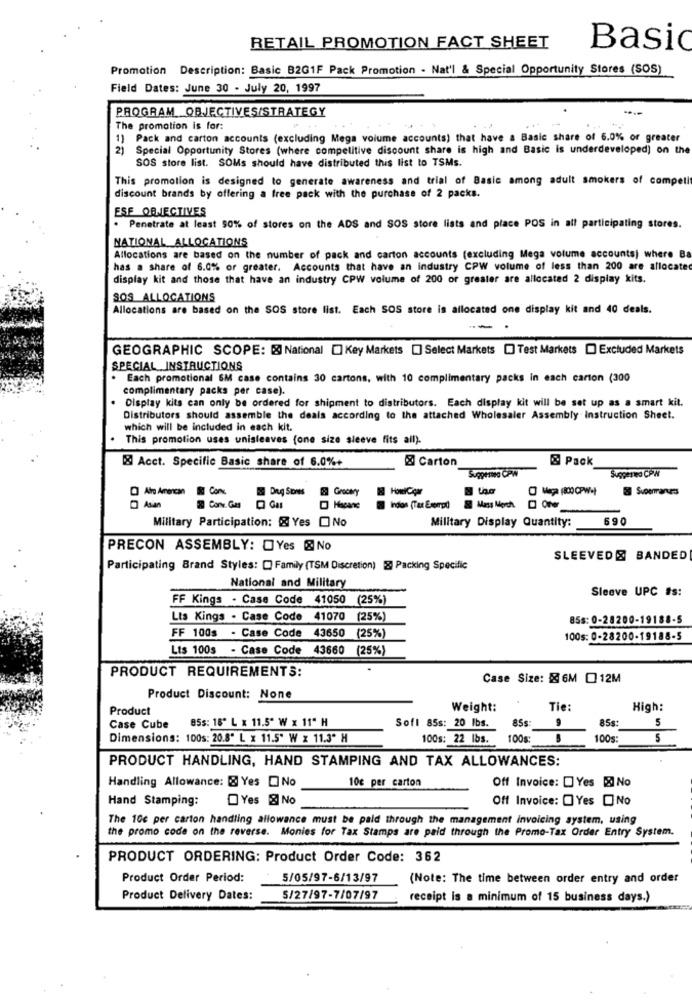
RETAIL PROMOTION FACT SHEET
Basi
Promotion Description: Basic B2G1F Pack Promotion . Nat'l & Special Opportunity Stores (SOS)
Field Dates: June 30 - July 20, 1997
PROGRAM. OBJECTIVES/STRATEGY
The promotion is for:
1) Pack and carton accounts (excluding Mega volume accounts) that have a Basic share of 6.0% or greater
2) Special Opportunity Stores (where competitive discount share is high and Basic is underdeveloped) on the
SOS store list. SOMs should have distributed this list to TSMs.
This promotion is designed to generate awareness and trial of Basic among adult smokers of compell
discount brands by offering a free pack with the purchase of 2 packs.
ESE OBJECTIVES
Penetrate at least 50% of stores on the ADS and SOS store lists and place POS in all participating stores.
NATIONAL_ALLOCATIONS
Allocations are based on the number of pack and carton accounts (excluding Mega volume accounts) where Ba
has a share of 6.0% or greater. Accounts that have an industry CPW volume of less than 200 are allocate
display kit and those that have an industry CPW volume of 200 or greater are allocated 2 display kits.
SOS ALLOCATIONS
Allocations are based on the SOS store list. Each SOS store is allocated one display kit and 40 deals.
GEOGRAPHIC SCOPE: [X] National [] Key Markets [] Select Markets [] Test Markets [ Excluded Markets
SPECIAL INSTRUCTIONS
Each promotional SM case contains 30 cartons, with 10 complimentary packs in each carton (300
complimentary packs per case).
Display kits can only be ordered for shipment to distributors. Each display kit will be set up as a smart kit.
Distributors should assemble the deals according to the attached Wholesaler Assembly Instruction Sheet.
which will be included in each kit.
This promotion uses unisleaves (one size sleeve fits all).
& Acct. Specific Basic share of 6.0%+
@ Carton
& Pack
Suggested CPW
Suppeneed CPW
Alto Arencan
Deg Sous
Grocery
HowICçar
25 Superaress
Conv. Gas
Hacane
&Mass Merch
Military Participation: & Yes O No
Military Display Quantity:
690
PRECON ASSEMBLY: Yes & No
SLEEVED & BANDED
Participating Brand Styles: [ Family (TSM Discretion) & Packing Specific
National and Military
Sleeve UPC #s:
FF Kings - Case Code 41050 (25%)
Lts Kings . Case Code 41070 (25%)
85s: 0-28200-19188-5
FF 100s - Case Code 43650 (25%)
100s: 0-28200-19188-5
Lts 100s - Case Code 43660 (25%)
PRODUCT REQUIREMENTS:
Case Size: 6M 012M
Product Discount: None
Product
Weight:
Tie:
High:
85s: 18" L x 11.5" W x 11" H
Sofl 85s: 20 Ibs.
85s:
9
85s:
5
Case Cube
Dimensions: 100s: 20.8" L x 11.5" W x 11.3º H
100s: 22 Ibs.
100g:
100s:
5
PRODUCT HANDLING, HAND STAMPING AND TAX ALLOWANCES:
Handling Allowance: [& Yes [ No
10c per carton
Off Invoice: Yes & No
Hand Stamping:
Yes & No
Off Invoice: OYes ONo
The 10c per carton handling allowance must be paid through the management invoicing system, using
the promo code on the reverse. Monies for Tax Stamps are paid through the Promo-Tax Order Entry System.
PRODUCT ORDERING: Product Order Code: 362
Product Order Period:
5/05/97-6/13/97
(Note: The time between order entry and order
Product Delivery Dates:
5/27/97-7/07/97
receipt is a minimum of 15 business days.)